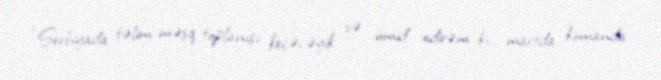
“Serbiyada təlim-məşq toplanışı keçəcəyik və ümid edirəm ki, martda komanda